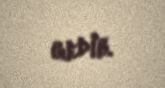
gedib.